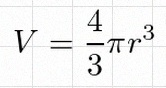
V=\frac43\pi r^3